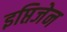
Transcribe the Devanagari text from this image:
इप्तिजेन